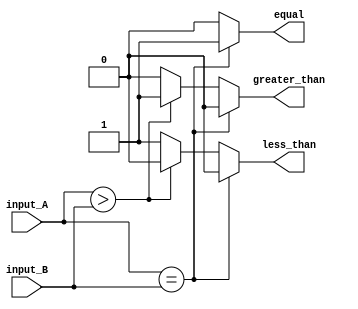
module comparator (
    input [31:0] input_A,
    input [31:0] input_B,
    output equal,
    output greater_than,
    output less_than
);

reg equal, greater_than, less_than;

always @ (*) begin
    if (input_A == input_B) begin
        equal = 1;
        greater_than = 0;
        less_than = 0;
    end else if (input_A > input_B) begin
        equal = 0;
        greater_than = 1;
        less_than = 0;
    end else begin
        equal = 0;
        greater_than = 0;
        less_than = 1;
    end
end

endmodule